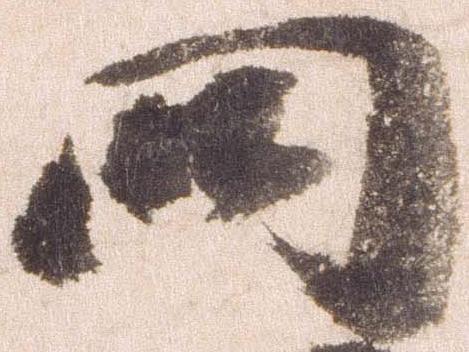
闕